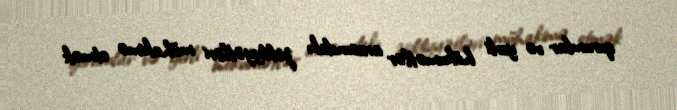
qurumlar və yerli hökumətlər arasındakı ziddiyyətləri mühakimə etmək